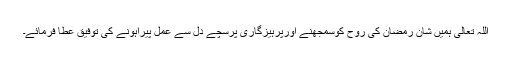
اللہ تعالیٰ ہمیں شانِ رمضان کی روح کوسمجھنے اورپرہیزگاری پرسچے دل سے عمل پیراہونے کی توفیق عطا فرمائے۔